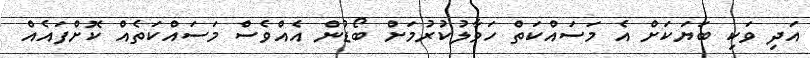
އަދި ވަކި ބަޔަކަށް އެ މަސައްކަތް ހަވާލުކުރުމަށް ބޯޑުން އެއްވެސް މަސައްކަތެއް ކޮށްފައެއް